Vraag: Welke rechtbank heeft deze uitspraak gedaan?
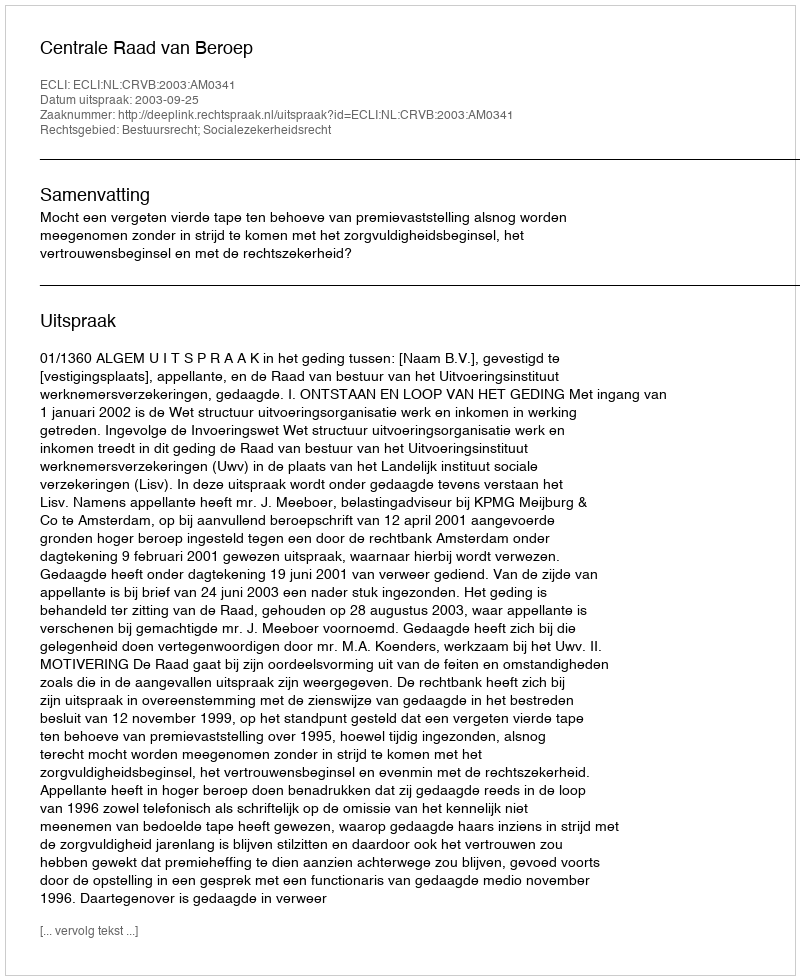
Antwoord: Centrale Raad van Beroep